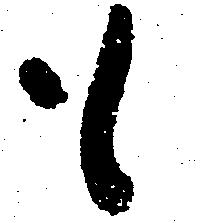
も